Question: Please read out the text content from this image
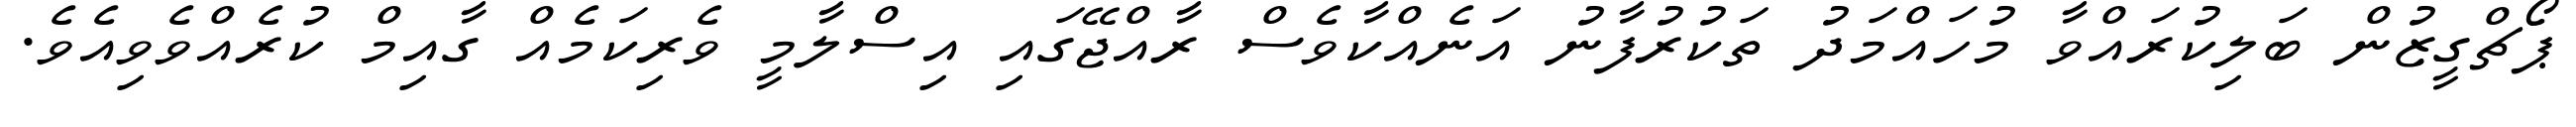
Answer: ޕޯޗްގީޒުން ބަލިކުރައްވާ މުހައްމަދު ތަކުރުފާނު އަނެއްކާވެސް ރާއްޖޭގައި އިސްލާމީ ވެރިކަމެއް ގާއިމް ކުރެއްވެވިއެވެ.